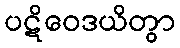
ပဋိဝေဒယိတွာ